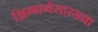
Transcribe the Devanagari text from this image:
झिम्बाब्वेसारख्या